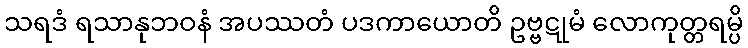
သရဒံ ရသာနုဘဝနံ အပဿတံ ပဒကာယောတိ ဥဗ္ဗဋုမံ လောကုတ္တရမ္ပိ